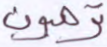
ترهبون